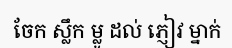
ចែក ស្លឹក ម្លូ ដល់ ភ្ញៀវ ម្នាក់